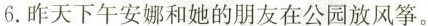
6.昨天下午安娜和她的朋友在公园放风筝。